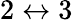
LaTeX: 2\leftrightarrow 3